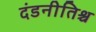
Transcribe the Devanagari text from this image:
दंडनीतिश्च